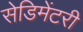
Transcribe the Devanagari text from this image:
सेडिमेंटरी